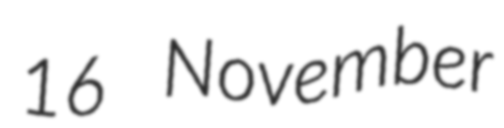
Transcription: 16 November